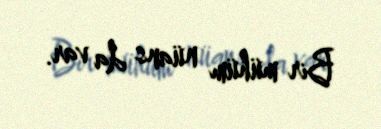
Bir mühüm nüans da var.